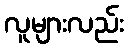
လူများလည်း